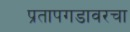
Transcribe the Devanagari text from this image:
प्रतापगडावरचा